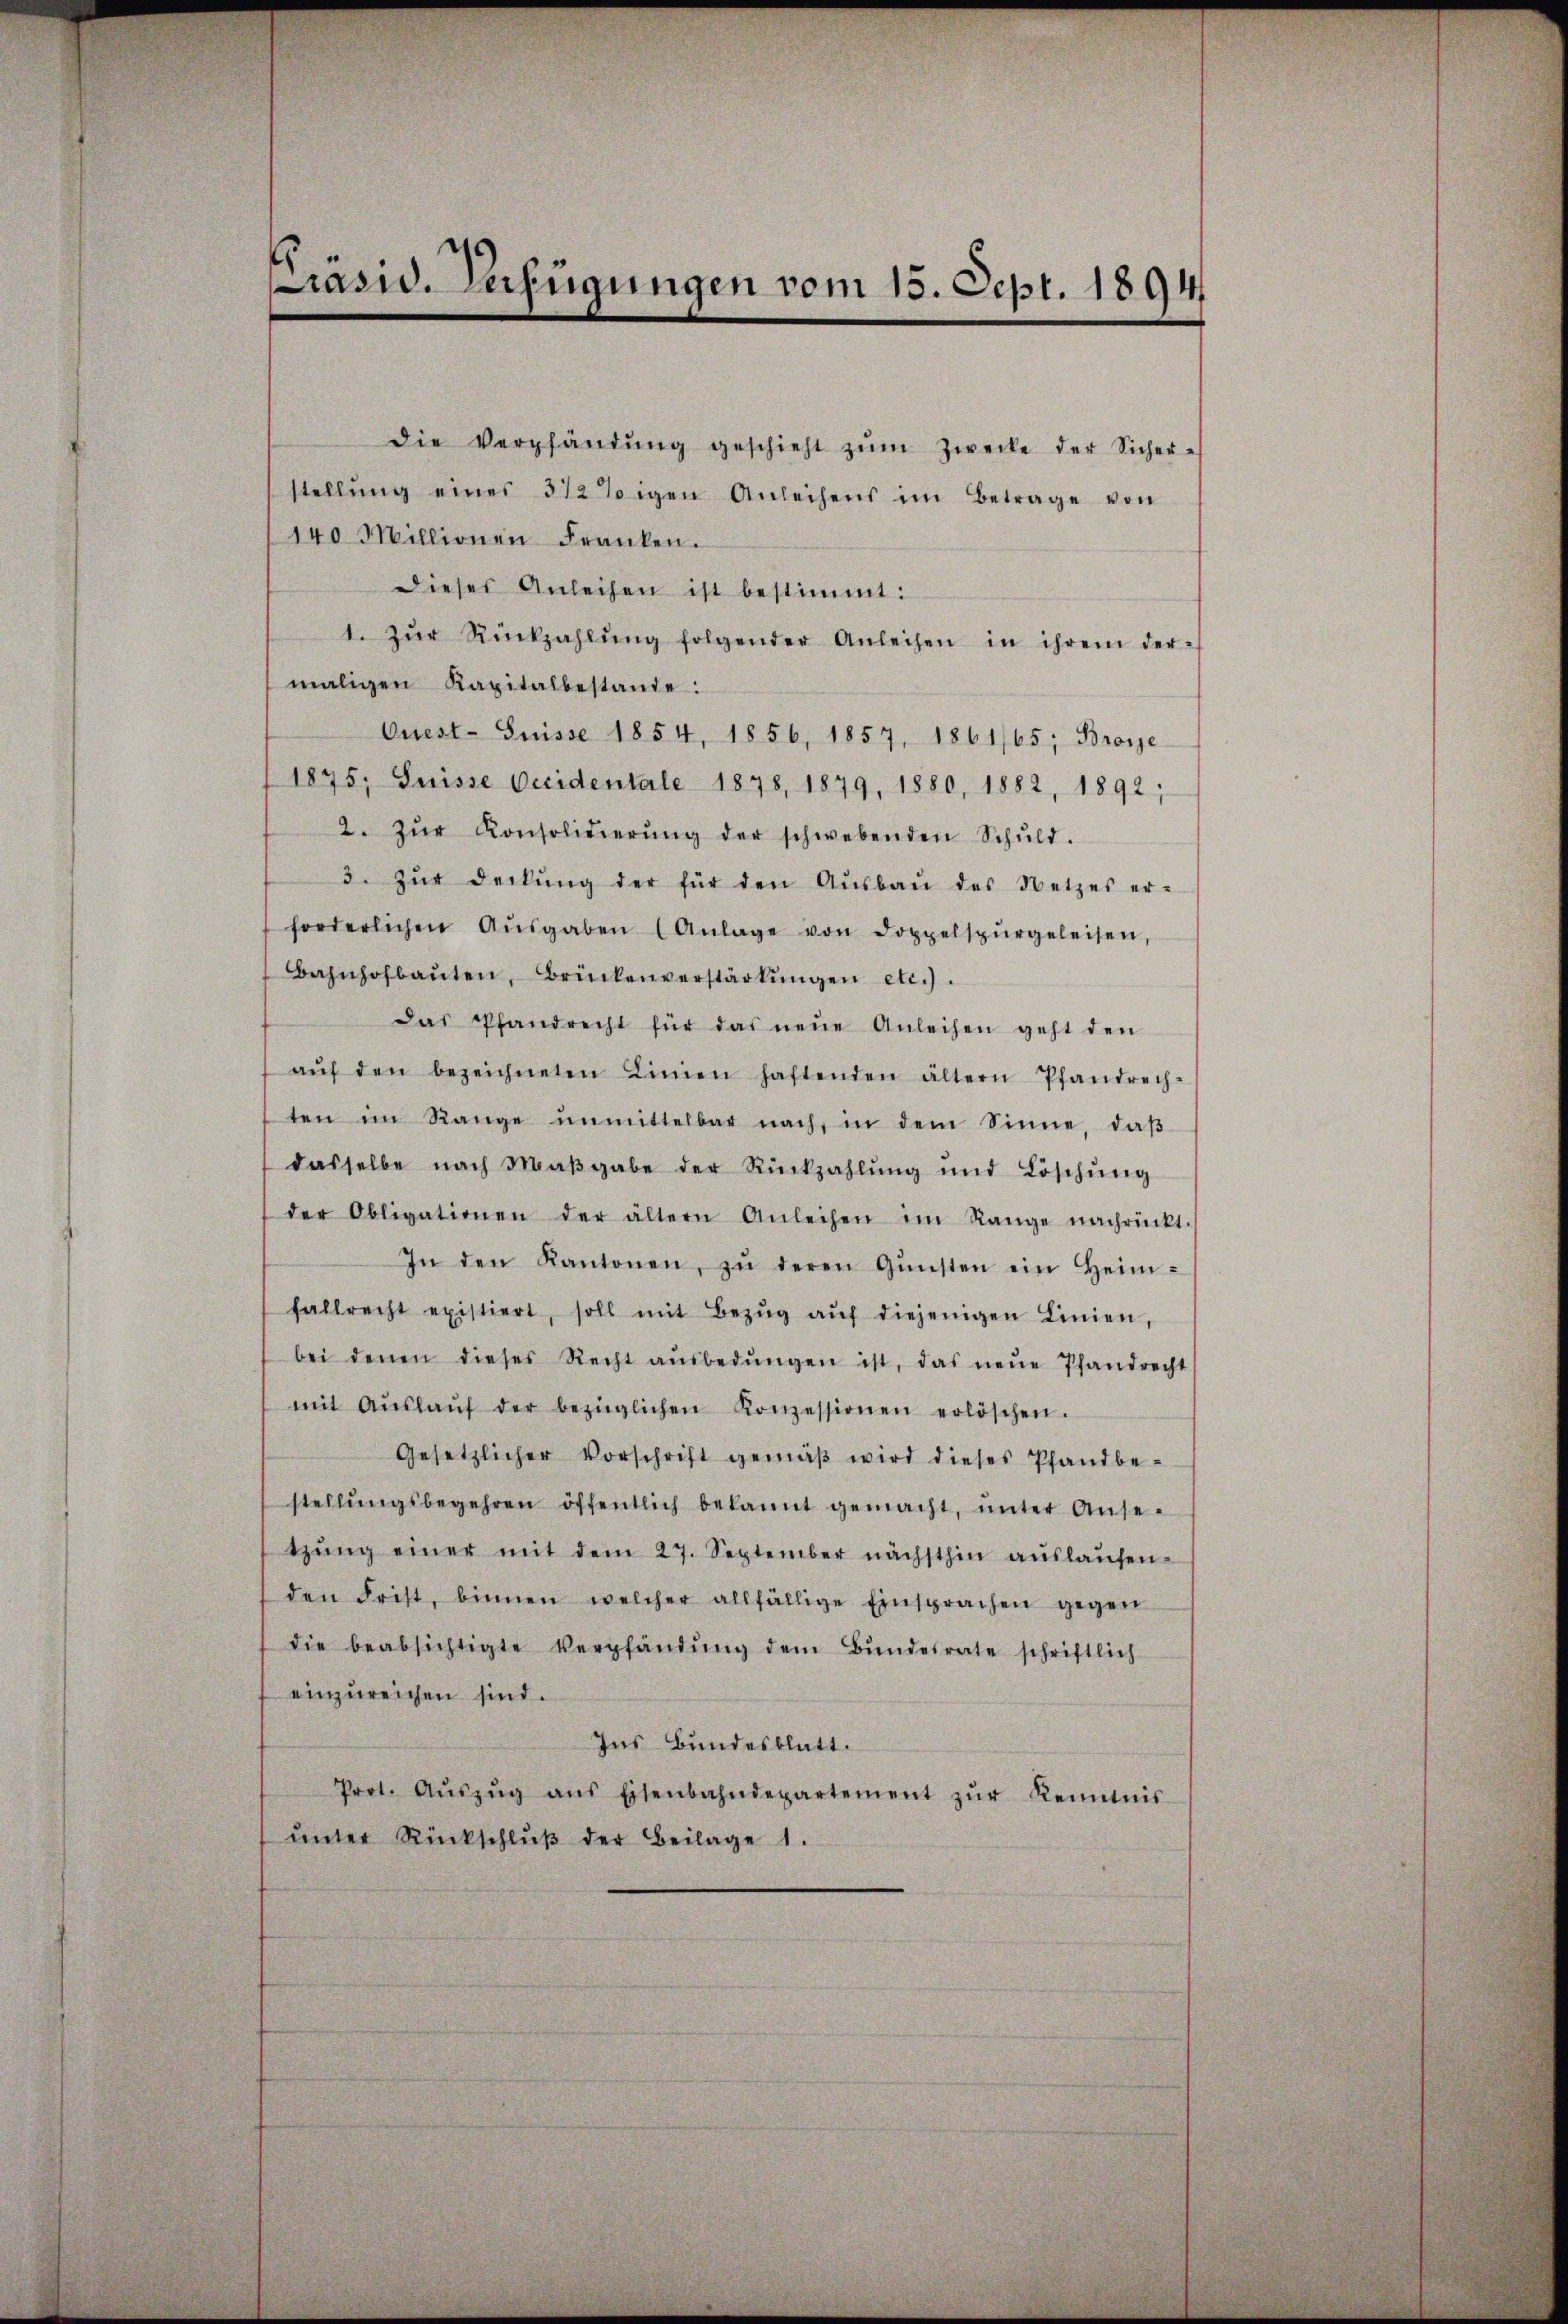
rasw. Verfügungen vom 15. Sept. 1894

die Verpfändŭng geschieht zŭm Zwecke der Sicher-
stellŭng eines 312 Toggen Anleihens im Betrage von
140 Millionen Franken.
dieses Anleihen ist bestimmt:
1. Zŭr Rückzahlŭng folgender Anleihen in ihrem der-
maligen Kapitalbestände:
Quest- Suisse 1854, 1856, 1857, 1861/65; Broye
1875; Suisse beidentale 1878, 1879, 1880, 1882, 1892;
2. Zŭr Konsolidierŭng der schwebenden Schŭld.
3. zŭr deckŭng der für den Aŭsbaŭ des Netzes er-
forderlichen Aŭsgaben (Anlage von Doppelspŭrgeleisen,
Bahnhofbaŭten, Brückenverstärkŭngen etc.).
Das Pfandrecht für das neŭe Anleihen geht den
aŭf den bezeichneten Linien haftenden ältern Pfandrech-
ten im Range unmittelbar nach in dem Sinne, daβ
dasselbe nach Maβgabe der Rückzahlŭng und Löschŭng
der Obligationen der ältern Anleihen im Range nachrückt.
In den Kantonen, zŭ deren Gŭnsten ein Heim-
fallrecht existiert, soll mit Bezŭg aŭf diejenigen Linien,
bei denen dieses Recht aŭsbedŭngen ist, das neŭe Pfandrecht
mit Aŭslaŭf der bezüglichen Konzessionen erlöschen.
Gesetzlicher Vorschrift gemäβ wird dieses Pfandbe-
stellŭngsbegehren öffentlich bekannt gemacht, ŭnter Anse-
tzŭng einer mit dem 27. September nächsthin aŭslaŭfen-
den Frist, binnen welcher allfällige Einsprachen gegen
die beabsichtigte Verpfändŭng dem Bŭndesrate schriftlich
einzŭreichen sind.
Ins Bundesblatt.
Prot. Aŭszŭg ans Eisenbahndepartement zŭr Kenntnis
ŭnter Rückschlŭβ der Beilage 1.